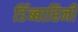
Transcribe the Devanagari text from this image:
डिंब्बाहिनी